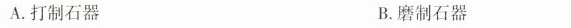
A.打制石器 B.磨制石器